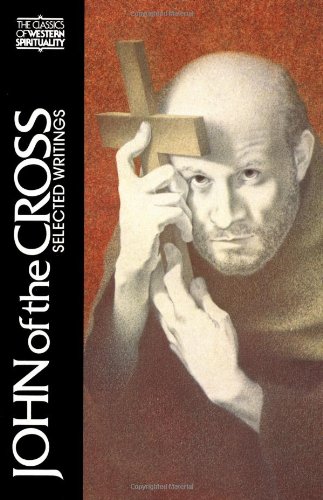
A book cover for John of the Cross: Selected Writings (Classics of Western Spirituality); John of the Cross; Christian Books & Bibles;